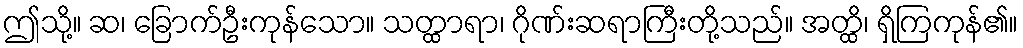
ဤသို့။ ဆ၊ ခြောက်ဦးကုန်သော။ သတ္ထာရာ၊ ဂိုဏ်းဆရာကြီးတို့သည်။ အတ္ထိ၊ ရှိကြကုန်၏။